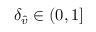
\delta _ { \hat { v } } \in ( 0 , 1 ]